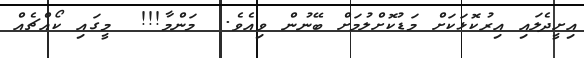
އިށީދެލައި އިރުކޮޅަކަށް މަޑުކޮށްލުމަށް ބޭނުން ވިއެވެ.  މަންމާ!!!  މީގައި ކޯއްޗެއް